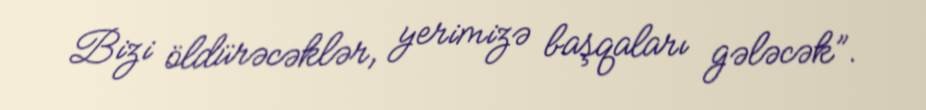
Bizi öldürəcəklər, yerimizə başqaları gələcək”.